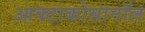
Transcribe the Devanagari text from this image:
आक्टाकोसानॉल